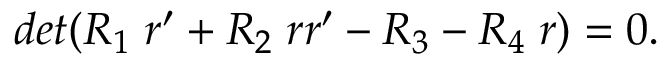
d e t ( R _ { 1 } \; r ^ { \prime } + R _ { 2 } \; r r ^ { \prime } - R _ { 3 } - R _ { 4 } \; r ) = 0 .